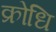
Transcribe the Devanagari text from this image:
क्रोधि